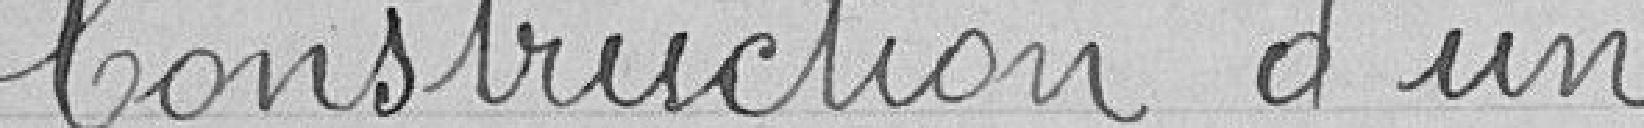
Construction d'un